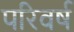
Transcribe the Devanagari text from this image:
परिवर्ष